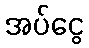
အပ်ငွေ